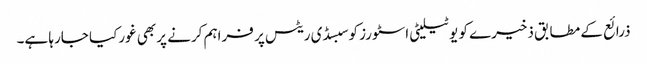
ذرائع کے مطابق ذخیرے کو یوٹیلیٹی اسٹورز کوسبسڈی ریٹس پر فراہم کرنے پر بھی غورکیا جارہا ہے۔